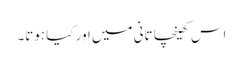
اس کھینچا تانی میں اور کیا ہوتا۔